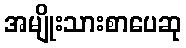
အမျိုးသားစာပေဆု